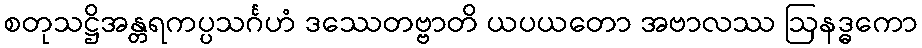
စတုသဋ္ဌိအန္တရကပ္ပသင်္ဂဟံ ဒဿေတဗ္ဗာတိ ယပယတော အဗာလဿ ဩနဒ္ဓကော